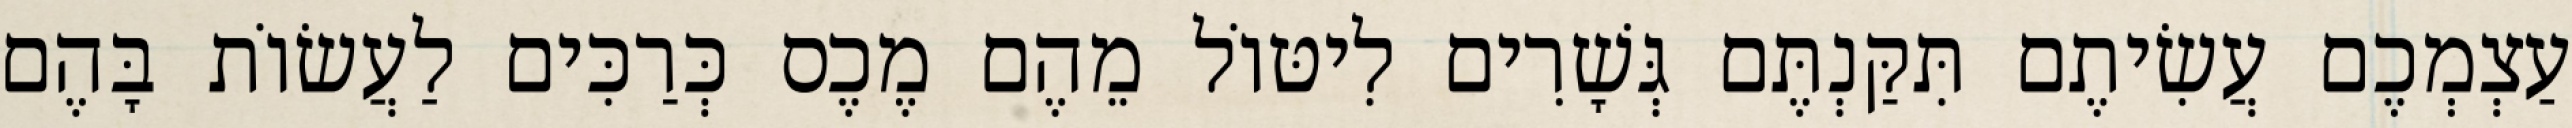
עַצְמְכֶם עֲשִׂיתֶם תִּקַּנְתֶּם גְּשָׁרִים לִיטּוֹל מֵהֶם מֶכֶס כְּרַכִּים לַעֲשׂוֹת בָּהֶם